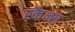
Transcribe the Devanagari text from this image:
स्कैन्स